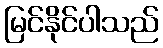
မြင်နိုင်ပါသည်